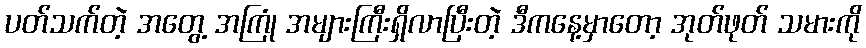
ပတ်သက်တဲ့ အတွေ့ အကြုံ အများကြီးရှိလာပြီးတဲ့ ဒီကနေ့မှာတော့ အုတ်ဖုတ် သမားကို